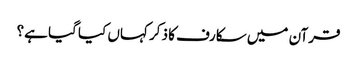
قرآن میں سکارف کا ذکر کہاں کیا گیا ہے؟